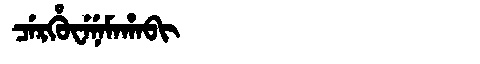
Manchu: ᠴᡝᡵᡥᡠᠸᡝᠨᡝᠮᠠᡥᠠᠪᡳ
Romanization: CERHUWENEMAHABI